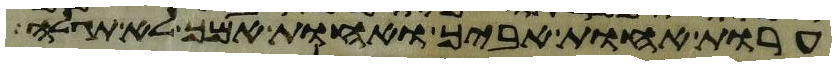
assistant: ערות אחות אביך ואחות אמך לא תגלה